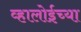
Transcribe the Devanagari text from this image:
व्हालोईच्या